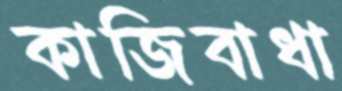
কাজিবাধা